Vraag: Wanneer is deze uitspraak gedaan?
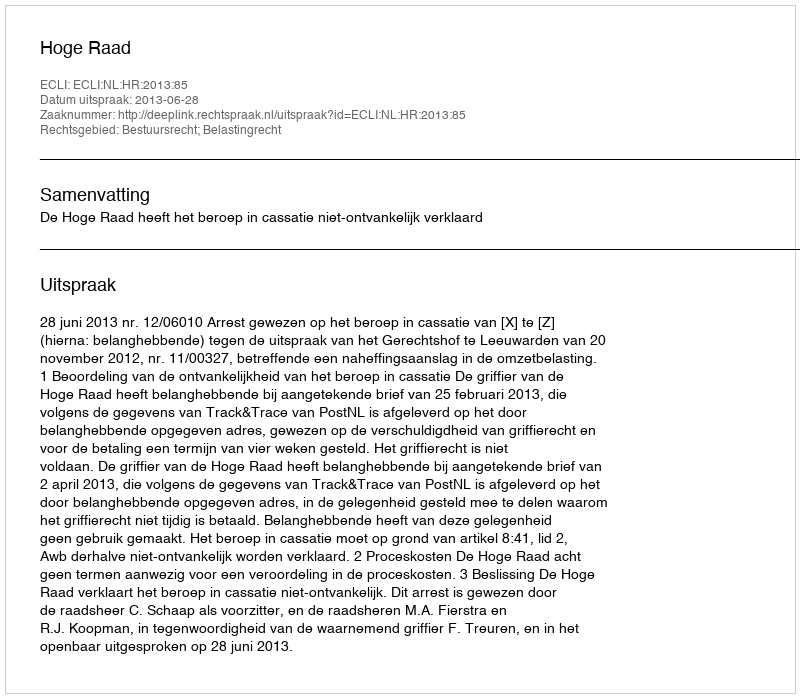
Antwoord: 2013-06-28